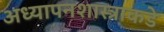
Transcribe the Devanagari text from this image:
अध्यापनशास्त्राकडे